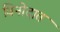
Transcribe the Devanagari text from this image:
विनोदात